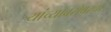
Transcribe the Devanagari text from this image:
यांच्याबरोबरचा